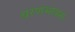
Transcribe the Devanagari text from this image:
चरणभावना